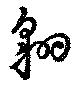
翺